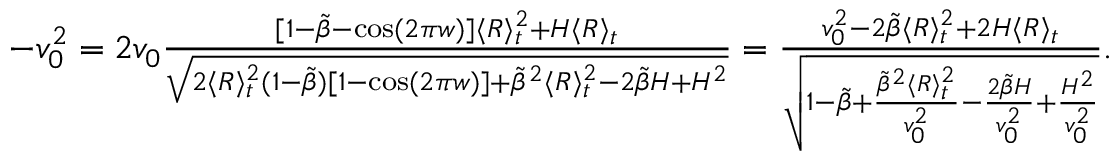
\begin{array} { r } { - v _ { 0 } ^ { 2 } = 2 v _ { 0 } \frac { [ 1 - \tilde { \beta } - \cos ( 2 \pi w ) ] \langle R \rangle _ { t } ^ { 2 } + H \langle R \rangle _ { t } } { \sqrt { 2 \langle R \rangle _ { t } ^ { 2 } ( 1 - \tilde { \beta } ) [ 1 - \cos ( 2 \pi w ) ] + \tilde { \beta } ^ { 2 } \langle R \rangle _ { t } ^ { 2 } - 2 \tilde { \beta } H + H ^ { 2 } } } = \frac { v _ { 0 } ^ { 2 } - 2 \tilde { \beta } \langle R \rangle _ { t } ^ { 2 } + 2 H \langle R \rangle _ { t } } { \sqrt { 1 - \tilde { \beta } + \frac { \tilde { \beta } ^ { 2 } \langle R \rangle _ { t } ^ { 2 } } { v _ { 0 } ^ { 2 } } - \frac { 2 \tilde { \beta } H } { v _ { 0 } ^ { 2 } } + \frac { H ^ { 2 } } { v _ { 0 } ^ { 2 } } } } . } \end{array}